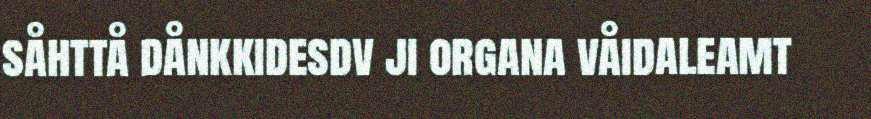
såhttå dånkkidesdv ji organa våidaleamt